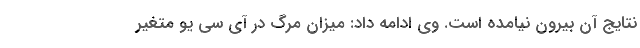
نتایج آن بیرون نیامده است. وی ادامه داد: میزان مرگ در آی سی یو متغیر